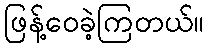
ဖြန့်ဝေခဲ့ကြတယ်။